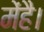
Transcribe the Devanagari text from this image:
मेंहै।